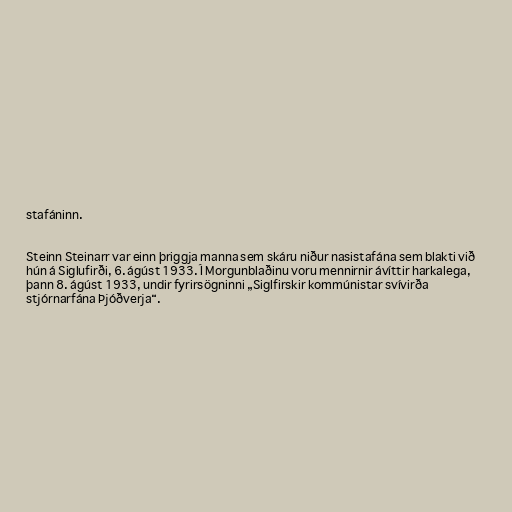
stafáninn.

Steinn Steinarr var einn þriggja manna sem skáru niður nasistafána sem blakti við
hún á Siglufirði, 6. ágúst 1933. Í Morgunblaðinu voru mennirnir ávíttir harkalega,
þann 8. ágúst 1933, undir fyrirsögninni „Siglfirskir kommúnistar svívirða
stjórnarfána Þjóðverja“.